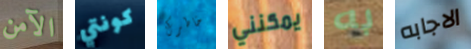
الآمن كونتي خاطرك يمكنني به الاجابه